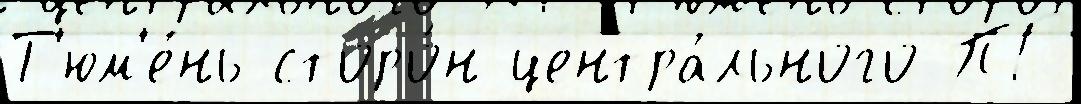
Т'юм'е́нь сторо́н центра́льного ПГ